Civil Veterinary Dept. Bombay admin report 1900-1906 - 1900-1906
Year: 1900
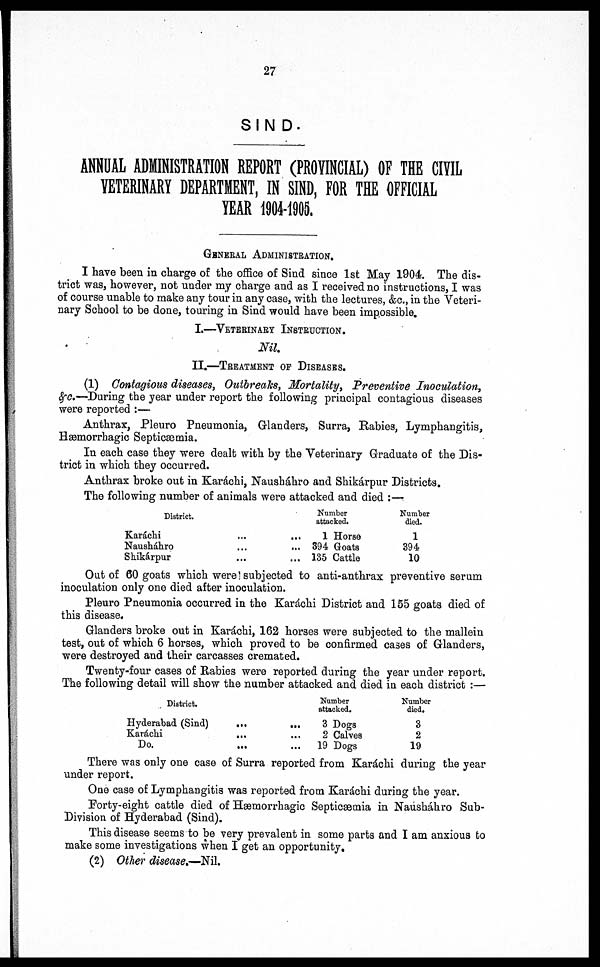
27
SIND.
ANNUAL ADMINISTRATION REPORT (PROVINCIAL) OF THE CIVIL
VETERINARY DEPARTMENT, IN SIND, FOR THE OFFICIAL
YEAR 1904-1905.
I have been in charge of the office of Sind since 1st May 1904. The dis-
trict was, however, not under my charge and as I received no instructions, I was
of course unable to make any tour in any case, with the lectures, &c., in the Veteri-
nary School to be done, touring in Sind would have been impossible.
I.—VETERINARY INSTRUCTION.
Nil.
II.—TREATMENT OF DISEASES.
(1) Contagious diseases, Outbreaks, Mortality, Preventive Inoculation,
&c.—During the year under report the following principal contagious diseases
were reported :—
Anthrax, Pleuro Pneumonia, Glanders, Surra, Rabies, Lymphangitis,
Hæmorrhagic Septicæmia.
In each case they were dealt with by the Veterinary Graduate of the Dis-
trict in which they occurred.
Anthrax broke out in Karachi, Nausháhro and Shikárpur Districts.
The following number of animals were attacked and died :—
District.
Karáchi
Nausháhro
Shikárpur
...
...
...
...
...
...
Number
attacked.
1 Horse
394 Goats
135 Cattle
Number
died.
1
394
10
Out of 60 goats which were subjected to anti-anthrax preventive serum
inoculation only one died after inoculation.
Pleuro Pneumonia occurred in the Karáchi District and 155 goats died of
this disease.
Glanders broke out in Karáchi, 162 horses were subjected to the mallein
test, out of which 6 horses, which proved to be confirmed ca3es of Glanders,
were destroyed and their carcasses cremated.
Twenty-four cases of Rabies were reported during the year under report.
The following detail will show the number attacked and died in each district :—
District.
Hyderabad (Sind)
Karachi
Do.
...
...
...
...
...
...
Number
attacked.
3 Dogs
2 Calves
19 Dogs
Number
died.
3
2
19
There was only one case of Surra reported from Karáchi during the year
under report.
One case of Lymphangitis was reported from Karachi during the year.
Forty-eight cattle died of Hæmorrhagic Septicæmia in Nausháhro Sub¬
Division of Hyderabad (Sind).
This disease seems to be very prevalent in some parts and I am anxious to
make some investigations when I get an opportunity.
(2) Other disease.—Nil.